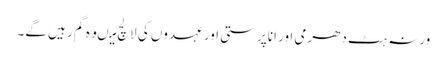
ورنہ ہٹ دھرمی اور اناپرستی اور عہدوں کی لالچ میںوہ گم رہیں گے۔